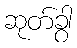
ဆုတ်ခွာ